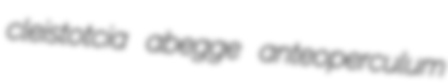
cleistotcia abegge anteoperculum